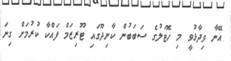
އޭނާ ވިދާޅުވީ މި ހޮޓަލުގެ ސަބަބުން ކާށިދޫގައި ޓޫރިޒަމް ފައްކާ ކުރުމަށް ގިނަ